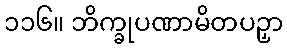
၁၁၆။ ဘိက္ခုပဏာမိတပဉှာ